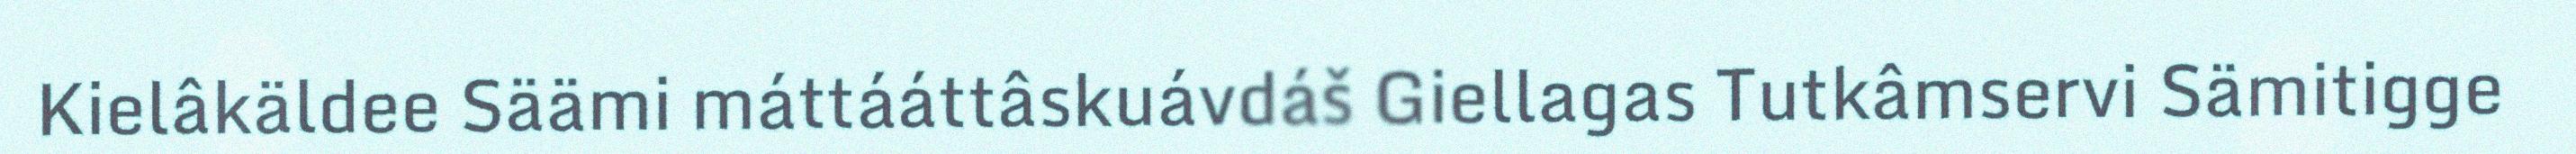
Kielâkäldee Säämi máttááttâskuávdáš Giellagas Tutkâmservi Sämitigge